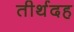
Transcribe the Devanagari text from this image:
तीर्थदह